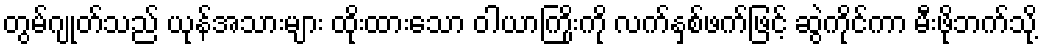
တွမ်ဂျုတ်သည် ယုန်အသားများ ထိုးထားသော ဝါယာကြိုးကို လက်နှစ်ဖက်ဖြင့် ဆွဲကိုင်ကာ မီးဖိုဘက်သို့